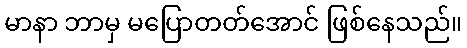
မာနာ ဘာမှ မပြောတတ်အောင် ဖြစ်နေသည်။